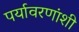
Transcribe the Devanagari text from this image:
पर्यावरणांशी